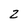
Character: Z